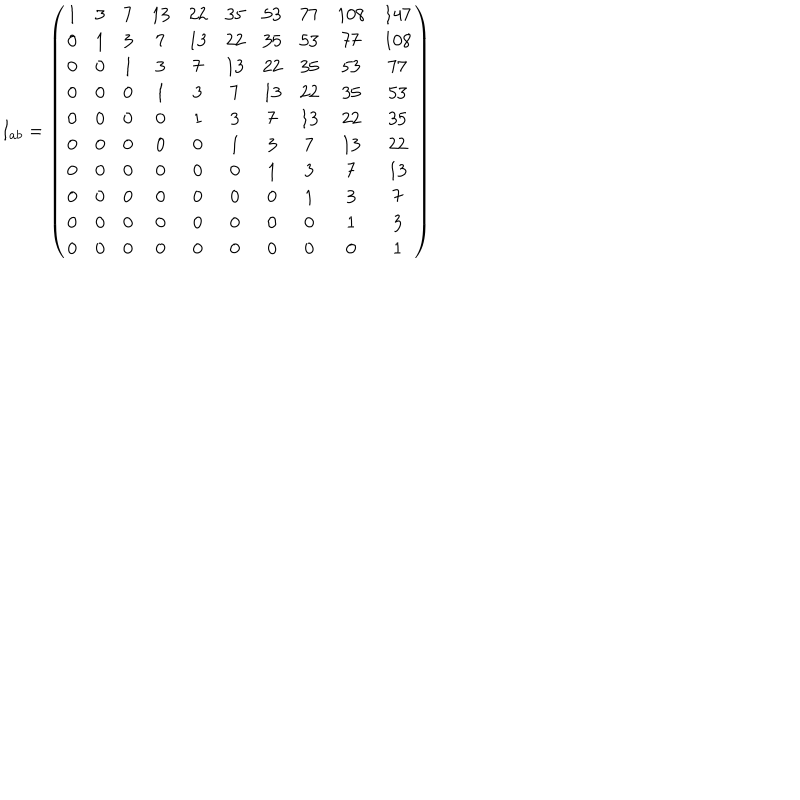
I _ { a b } = \left( \begin{matrix} { { 1 } } & { { 3 } } & { { 7 } } & { { 1 3 } } & { { 2 2 } } & { { 3 5 } } & { { 5 3 } } & { { 7 7 } } & { { 1 0 8 } } & { { 1 4 7 } } \\ { { 0 } } & { { 1 } } & { { 3 } } & { { 7 } } & { { 1 3 } } & { { 2 2 } } & { { 3 5 } } & { { 5 3 } } & { { 7 7 } } & { { 1 0 8 } } \\ { { 0 } } & { { 0 } } & { { 1 } } & { { 3 } } & { { 7 } } & { { 1 3 } } & { { 2 2 } } & { { 3 5 } } & { { 5 3 } } & { { 7 7 } } \\ { { 0 } } & { { 0 } } & { { 0 } } & { { 1 } } & { { 3 } } & { { 7 } } & { { 1 3 } } & { { 2 2 } } & { { 3 5 } } & { { 5 3 } } \\ { { 0 } } & { { 0 } } & { { 0 } } & { { 0 } } & { { 1 } } & { { 3 } } & { { 7 } } & { { 1 3 } } & { { 2 2 } } & { { 3 5 } } \\ { { 0 } } & { { 0 } } & { { 0 } } & { { 0 } } & { { 0 } } & { { 1 } } & { { 3 } } & { { 7 } } & { { 1 3 } } & { { 2 2 } } \\ { { 0 } } & { { 0 } } & { { 0 } } & { { 0 } } & { { 0 } } & { { 0 } } & { { 1 } } & { { 3 } } & { { 7 } } & { { 1 3 } } \\ { { 0 } } & { { 0 } } & { { 0 } } & { { 0 } } & { { 0 } } & { { 0 } } & { { 0 } } & { { 1 } } & { { 3 } } & { { 7 } } \\ { { 0 } } & { { 0 } } & { { 0 } } & { { 0 } } & { { 0 } } & { { 0 } } & { { 0 } } & { { 0 } } & { { 1 } } & { { 3 } } \\ { { 0 } } & { { 0 } } & { { 0 } } & { { 0 } } & { { 0 } } & { { 0 } } & { { 0 } } & { { 0 } } & { { 0 } } & { { 1 } } \\ \end{matrix} \right)